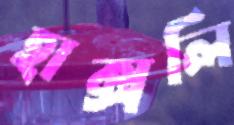
হাক্সলি